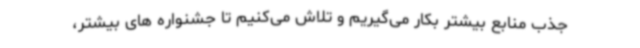
جذب منابع بیشتر بکار می‌گیریم و تلاش می‌کنیم تا جشنواره های بیشتر،